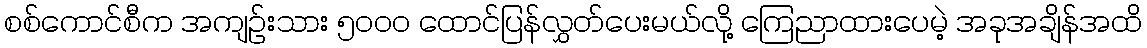
စစ်ကောင်စီက အကျဉ်းသား ၅၀၀၀ ထောင်ပြန်လွှတ်ပေးမယ်လို့ ကြေညာထားပေမဲ့ အခုအချိန်အထိ